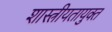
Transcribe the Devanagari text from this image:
शास्त्रीयतायुक्त